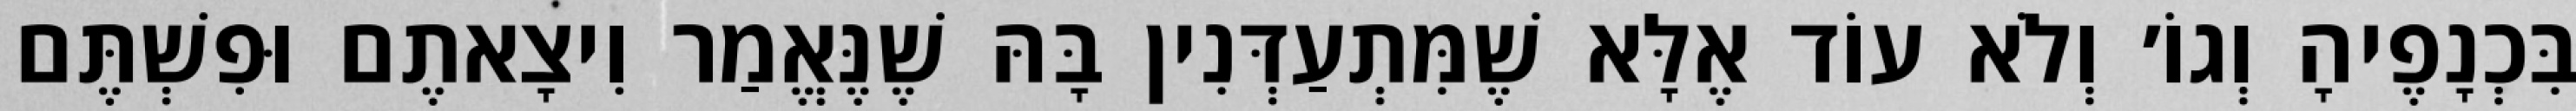
בִּכְנָפֶיהָ וְגוֹ׳ וְלֹא עוֹד אֶלָּא שֶׁמִּתְעַדְּנִין בָּהּ שֶׁנֶּאֱמַר וִיצָאתֶם וּפִשְׁתֶּם